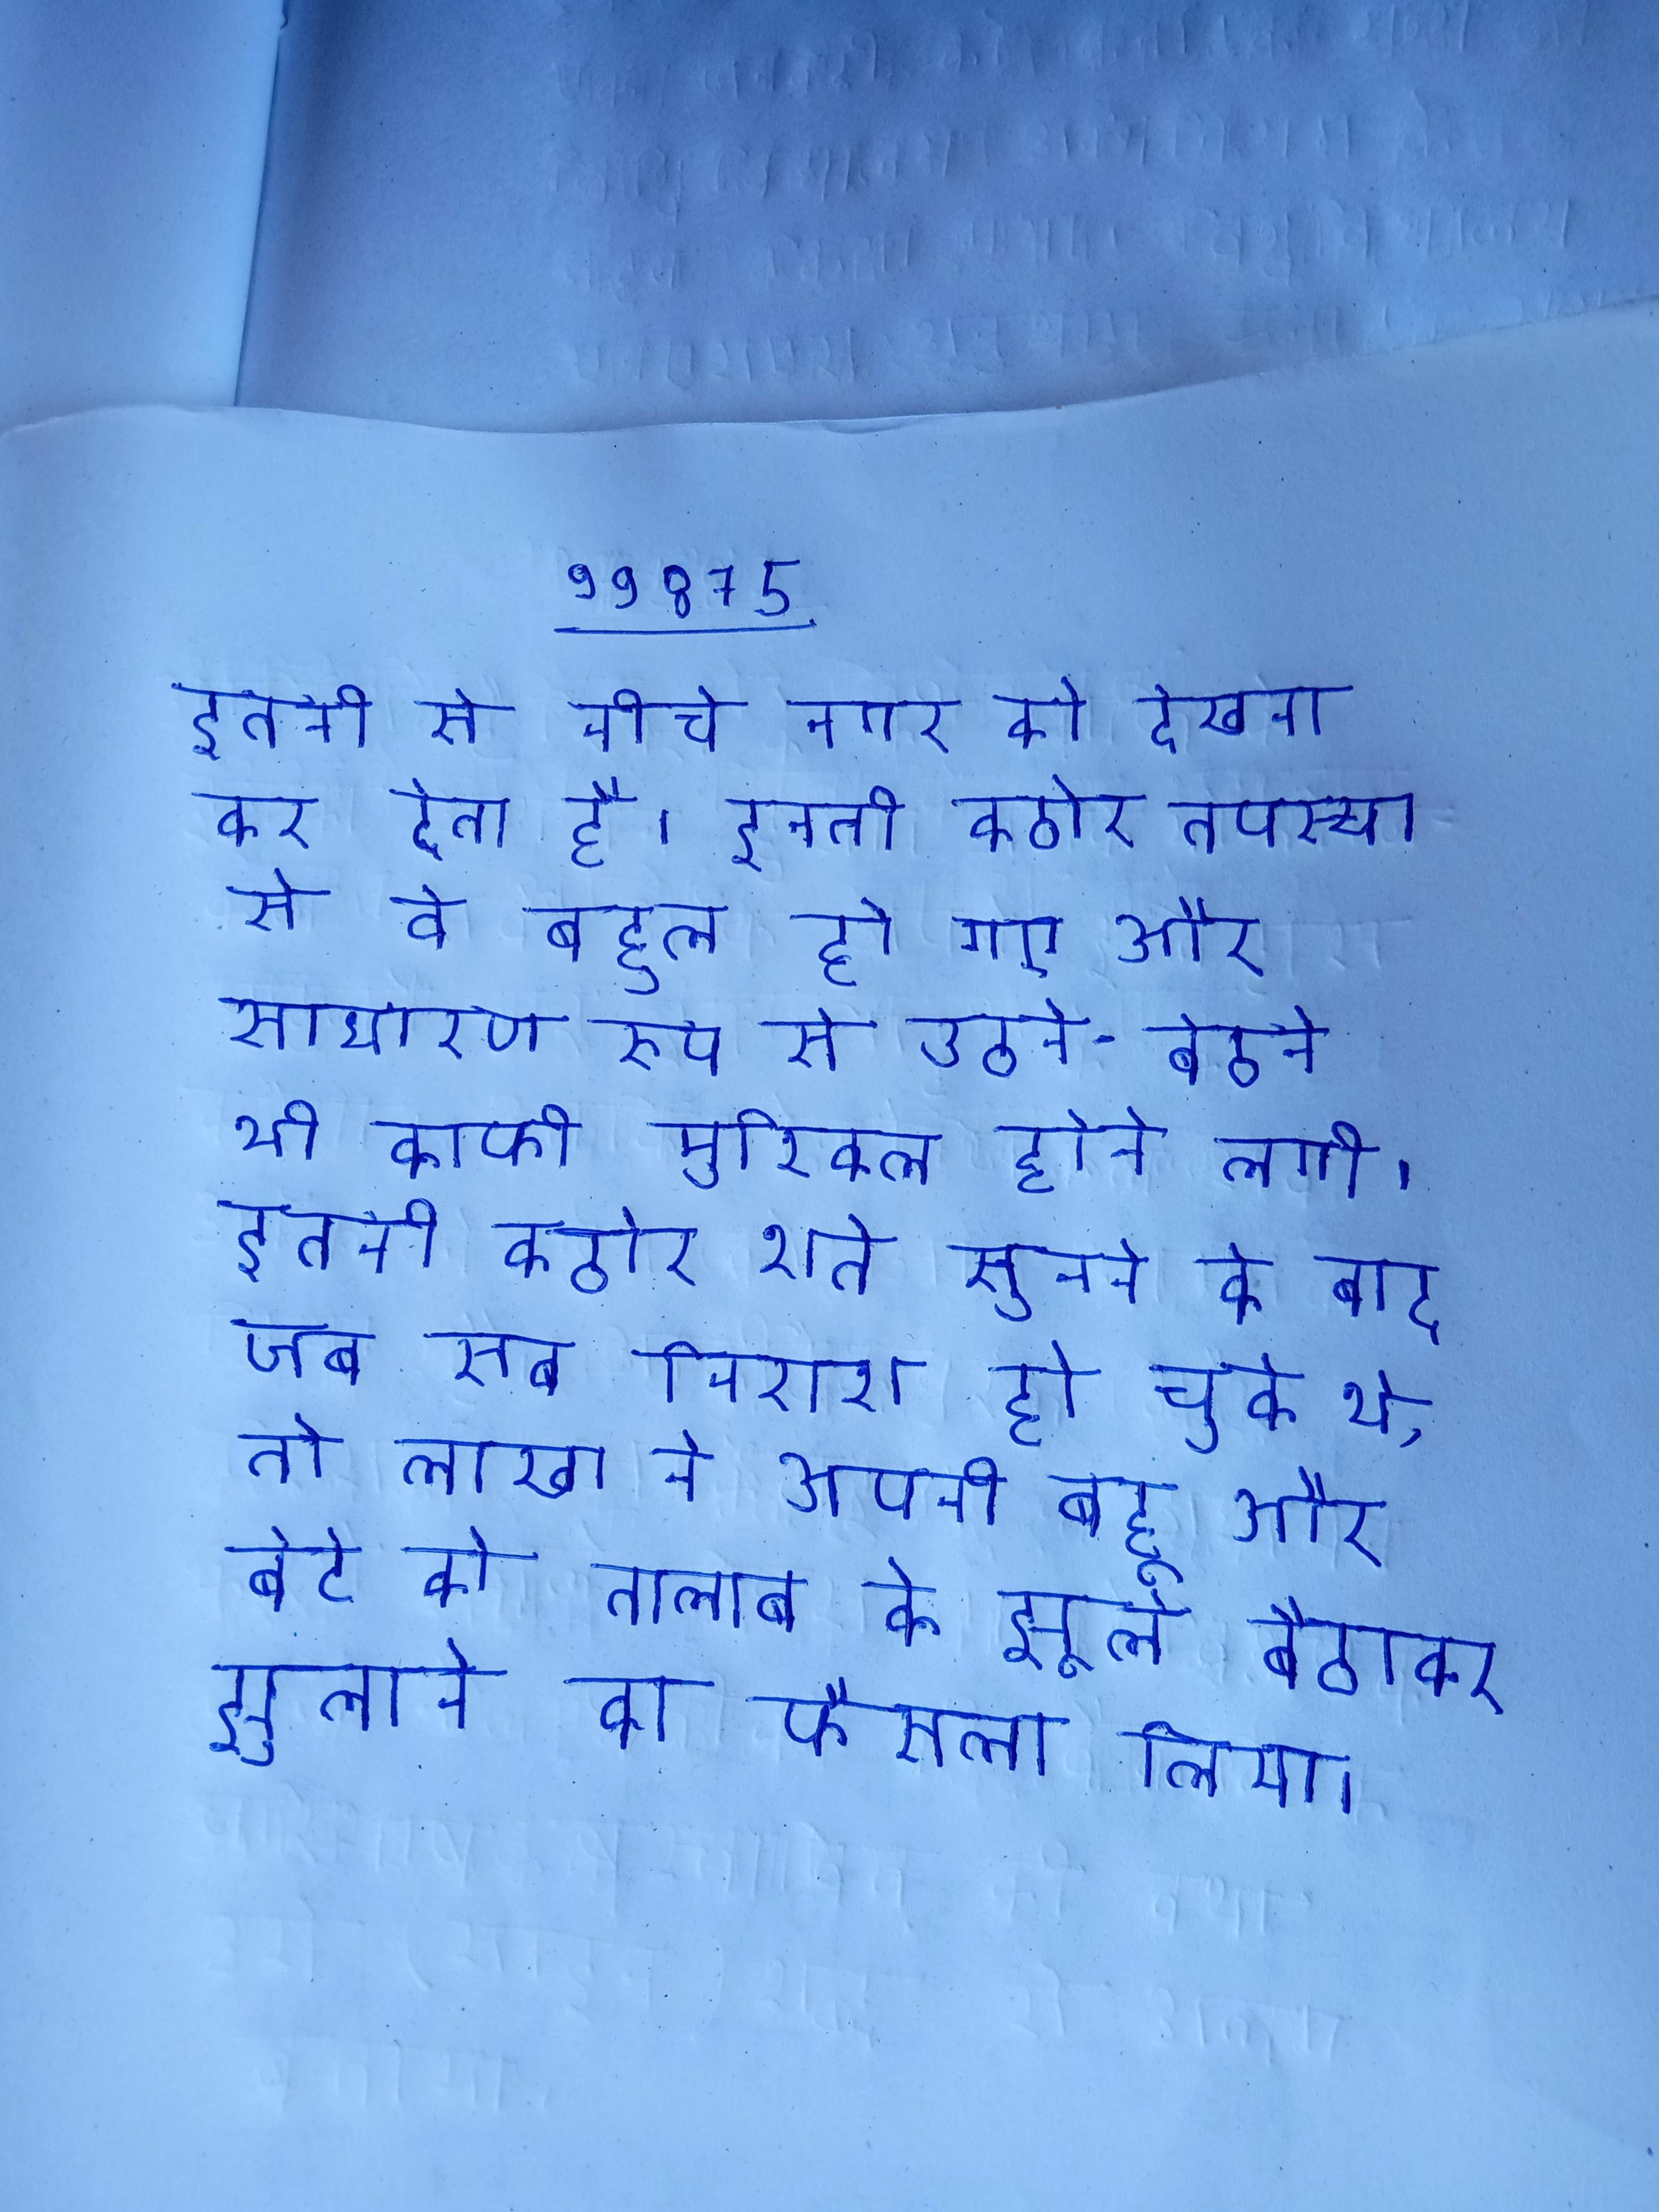
इतनी से नीचे नगर को देखना कर देता है । इतनी कठोर तपस्या से वे बहुत हो गए और साधारण रूप से उठने-बैठने भी काफी मुश्किल होने लगी । इतनी कठोर शर्त सुनने के बाद जब सब निराश हो चुके थे, तो लाखा ने अपनी बहू और बेटे को तालाब के झूले बैठाकर झुलाने का फैसला लिया ।